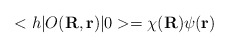
\begin{align*}<h| O({\bf R},{\bf r}) |0>= \chi({\bf R}) \psi({\bf r})\end{align*}